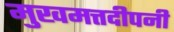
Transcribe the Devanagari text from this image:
मुखमत्तदीपनी